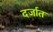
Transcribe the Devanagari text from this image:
दर्जात